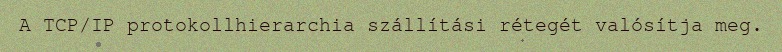
A TCP/IP protokollhierarchia szállítási rétegét valósítja meg.